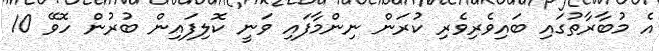
އެ މުބާރާތުގައި ބައިވެރިވެރި ކުރަން ނިންމާފައި ވަނީ ކޮލިފައިން ބުރުން ހޮވޭ 10